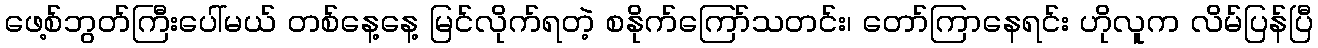
ဖေ့စ်ဘွတ်ကြီးပေါ်မယ် တစ်နေ့နေ့ မြင်လိုက်ရတဲ့ စနိုက်ကြော်သတင်း၊ တော်ကြာနေရင်း ဟိုလူက လိမ်ပြန်ပြီ